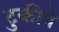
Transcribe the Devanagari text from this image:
टुकीने